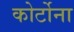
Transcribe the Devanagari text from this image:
कोर्टोना